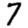
Digit: 7